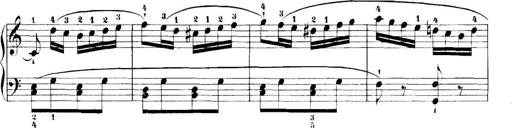
Title: 11 Sonatinas
Composer: Anton Diabelli